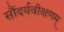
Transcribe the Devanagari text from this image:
सौंदर्यवीक्षणम्